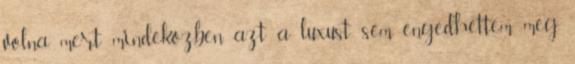
volna, mert mindeközben azt a luxust sem engedhettem meg